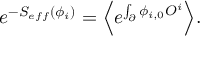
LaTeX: e ^ { - S _ { e f f } ( \phi _ { i } ) } = \Bigl \langle e ^ { \int _ { \partial } \phi _ { i , 0 } { \cal O } ^ { i } } \Bigr \rangle .